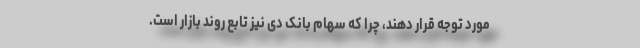
مورد توجه قرار دهند، چرا که سهام بانک دی نیز تابع روند بازار است.